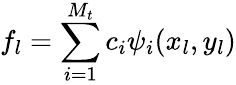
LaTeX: f_{l}=\sum_{i=1}^{M_{t}}c_{i}\psi_{i}(x_{l},y_{l})